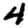
Digit: 4